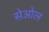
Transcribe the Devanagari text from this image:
सेओल